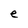
Character: e